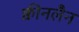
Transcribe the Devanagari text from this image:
क्वीनलैन